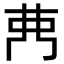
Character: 𮎳